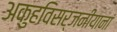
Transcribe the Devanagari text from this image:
अकुहविसर्जनीयानां